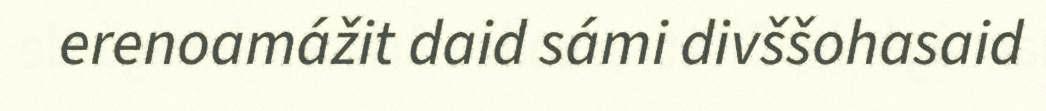
erenoamážit daid sámi divššohasaid